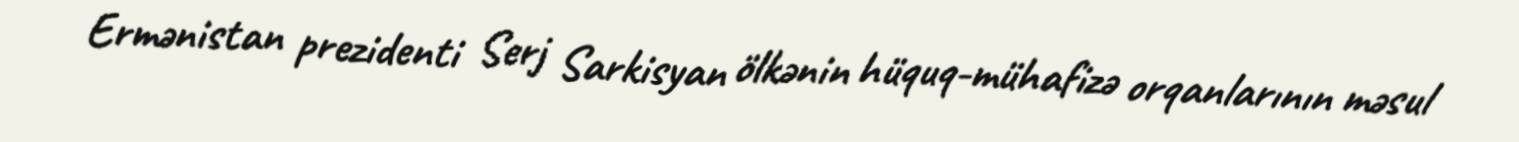
Ermənistan prezidenti Serj Sarkisyan ölkənin hüquq-mühafizə orqanlarının məsul